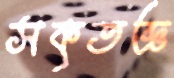
সকৃতজ্ঞ